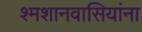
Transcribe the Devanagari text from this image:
श्मशानवासियांना